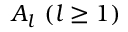
A _ { l } \ ( l \geq 1 )